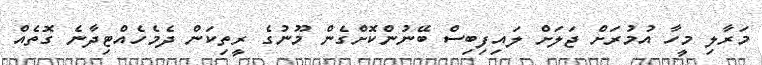
މަރާލި މީހާ އުމުރަށް ޖަލަށް ލައިފިބިސް ބޭނުންކޮށްގެން މޫނުގެ ރީތިކަން ދެމެހެއްޓިދާނެ ގޮތެއް